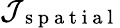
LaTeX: \mathcal{J}_{\mathrm{~s~p~a~t~i~a~l~}}